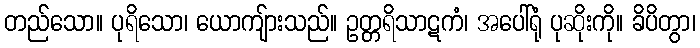
တည်သော။ ပုရိသော၊ ယောကျ်ားသည်။ ဥတ္တရိသာဋကံ၊ အပေါ်ရုံ ပုဆိုးကို။ ခိပိတွာ၊